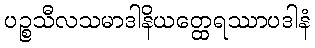
ပဉ္စသီလသမာဒါနိယတ္ထေရဿာပဒါနံ